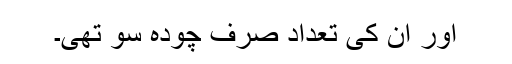
اور ان کی تعداد صرف چودہ سو تھی۔